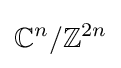
\mathbb {C} ^{n}/\mathbb {Z} ^{2n}